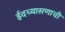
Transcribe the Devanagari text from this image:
ईदच्यासणाची